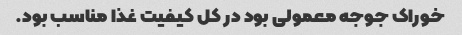
خوراک جوجه معمولی بود در کل کیفیت غذا مناسب بود.